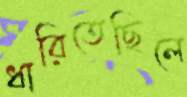
ধারিতেছিলে